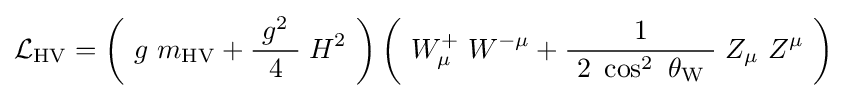
{\mathcal {L}}_{\mathrm {HV} }=\left(\ g\ m_{\mathrm {HV} }+{\frac {\ g^{2}\ }{4}}\;H^{2}\ \right)\left(\ W_{\mu }^{+}\ W^{-\mu }+{\frac {1}{\ 2\ \cos ^{2}\ \theta _{\mathrm {W} }\ }}\;Z_{\mu }\ Z^{\mu }\ \right)~